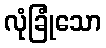
လုံခြုံသော